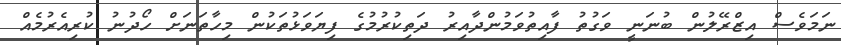
ނަމަވެސް އިޒްރޭލުން ބުނަނީ ވަގުތު ފާއިތުވަމުންދާއިރު ދަތިކުރުމުގެ ފިޔަވަޅުތަކުން މިހާތަނަށް ހޯދުނު ކުރިއެރުމެއް